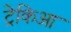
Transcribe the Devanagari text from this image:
ट्रेकिआ